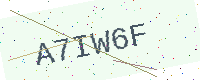
Text: A7IW6F